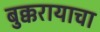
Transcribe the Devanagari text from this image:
बुक्करायाचा